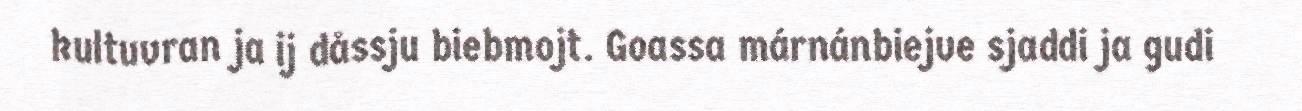
kultuvran ja ij dåssju biebmojt. Goassa márnánbiejve sjaddi ja gudi